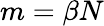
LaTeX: m=\beta N